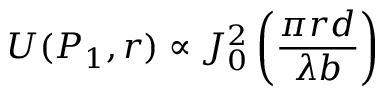
U ( P _ { 1 } , r ) \propto J _ { 0 } ^ { 2 } \left( { \frac { \pi r d } { \lambda b } } \right)